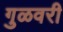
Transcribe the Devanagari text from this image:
गुळवरी